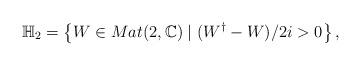
LaTeX: \begin{align*}\mathbb{H}_{2}=\left\{ W\in Mat(2,\mathbb{C})\mid(W^{\dagger}-W)/2i>0\right\} ,\end{align*}